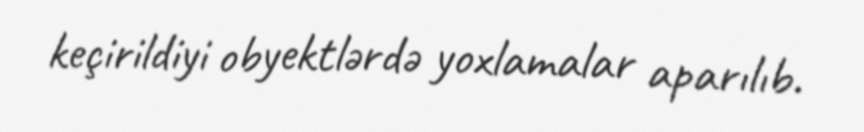
keçirildiyi obyektlərdə yoxlamalar aparılıb.